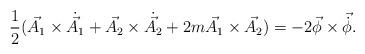
LaTeX: \begin{align*}\frac{1}{2}(\vec{A_{1}}\times{\dot{\vec{A_{1}}}}+\vec{A_{2}}\times\dot{\vec{A_{2}}}+2m\vec{A_{1}}\times\vec{A_{2}})=-2\vec{\phi}\times{\vec{\dot{\phi}}}.\end{align*}